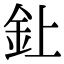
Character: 𫒆